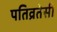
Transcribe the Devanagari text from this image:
पतिव्रतेसी